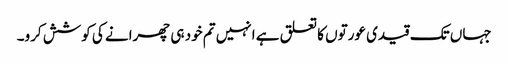
جہاں تک قیدی عورتوں کا تعلق ہے انہیں تم خود ہی چھرانے کی کوشش کرو۔